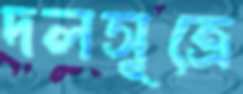
দলসূত্রে